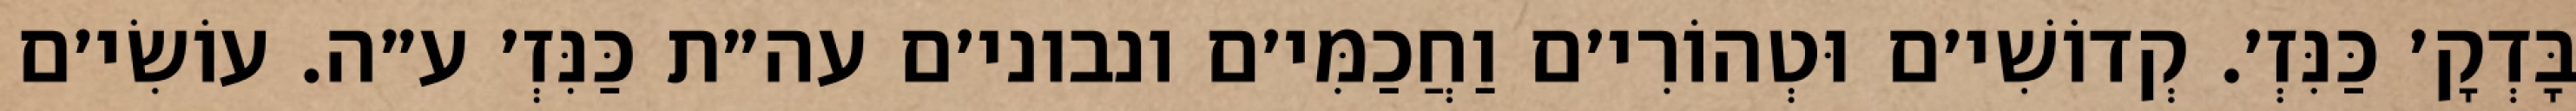
בָּדְקָ׳ כַּנִּזְ׳. קְדוֹשִׁי׳ם וּטְהוֹרִי׳ם וַחֲכַמִּי׳ם ונבוני׳ם עה״ת כַּנִּזְ׳ ע״ה. עוֹשִׂי׳ם